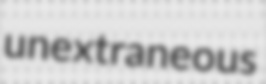
unextraneous